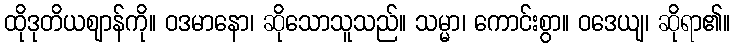
ထိုဒုတိယဈာန်ကို။ ဝဒမာနော၊ ဆိုသောသူသည်။ သမ္မာ၊ ကောင်းစွာ။ ဝဒေယျ၊ ဆိုရာ၏။